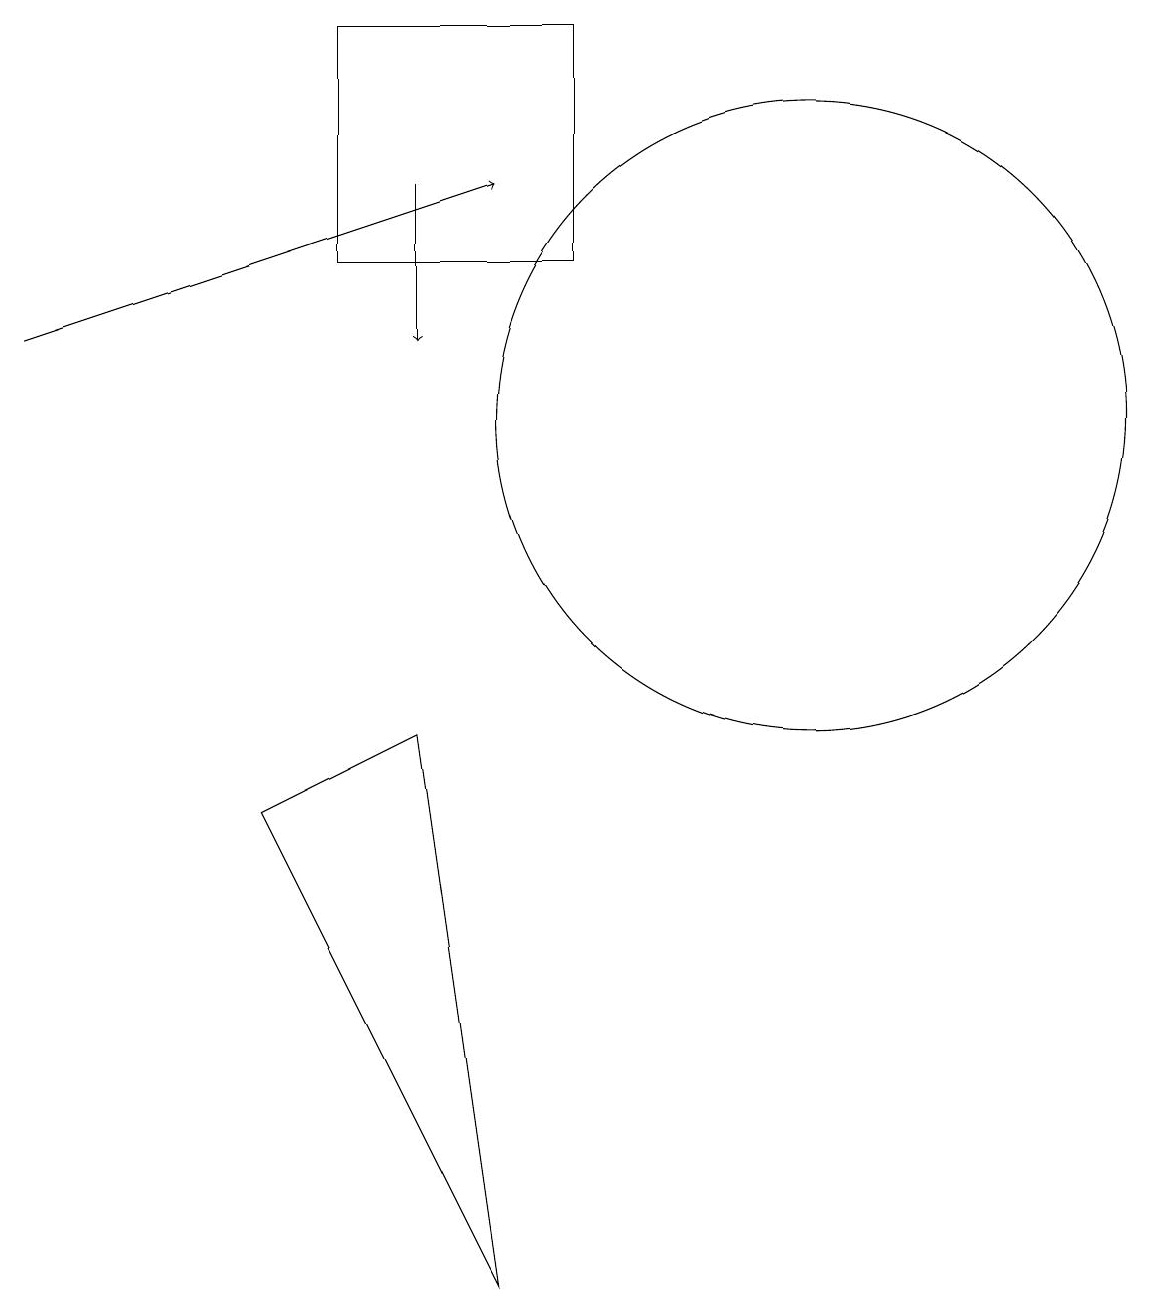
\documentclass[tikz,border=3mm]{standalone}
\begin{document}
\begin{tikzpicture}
\draw (10,11) circle (4);
\draw (7,16) rectangle (4,13);
\draw[->] (0,12) -- (6,14);
\draw[->] (5,14) -- (5,12);
\draw (5,7) -- (6,0) -- (3,6) -- cycle;
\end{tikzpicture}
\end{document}